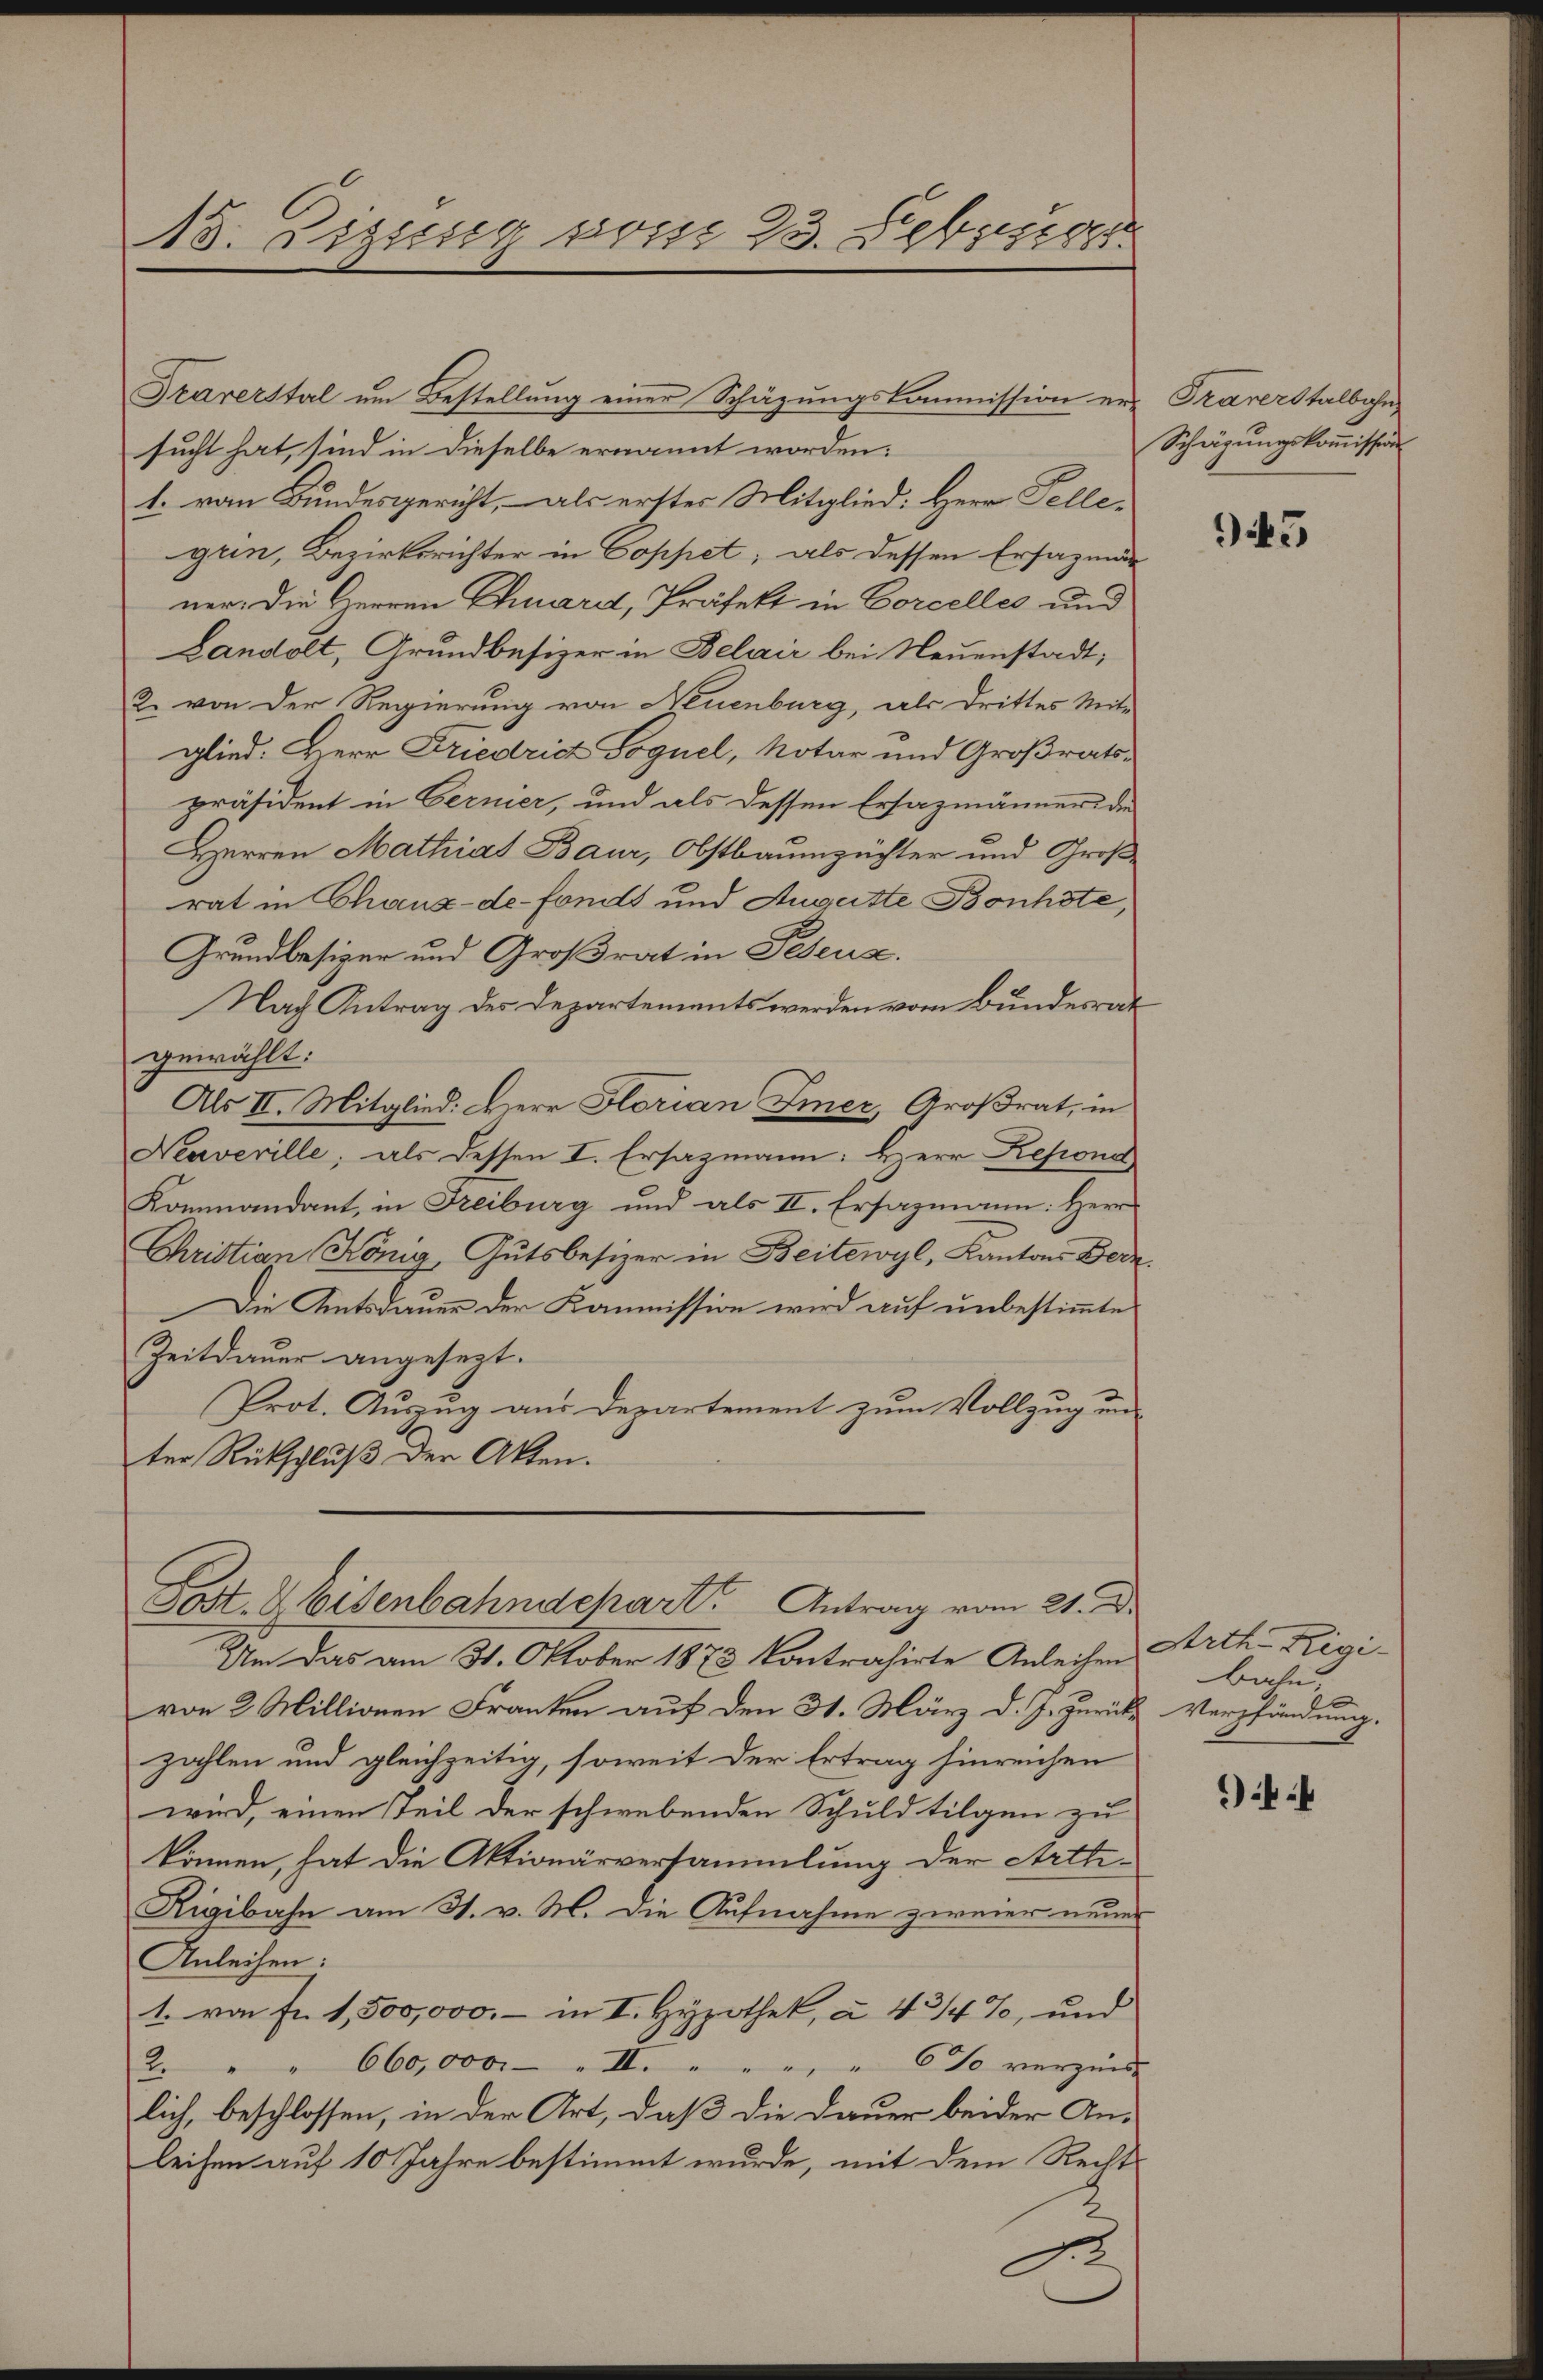
13. Zizung vom 23. Febr

Traverstal um Bestellung einer Schäzungskommission er Traverstalbahn
sucht hat, sind in dieselbe ernannt worden:
t. vom Bundesgericht, – als erster Mitglied: Herr Fellegrin, Bezirksrichter in Coppet; als dessen Ersazung
ner. Die Herren Chard, Präfekt in Corcelles und
Landolt, Grundbesizer in Belair bei Neuenstadt;
2. von der Regierung von Neuenburg, als Drittes Mit-
glied: Herr Friedrich Soguel, Notar und Großratspräsident in Gernier, und als dessen Ersazmänners die
Herren Mathias Baur, Obstbaumzüchter und Groß
rat in Chaux-de-Fonds und Auguste Bonhöte,
Grundbesizer und Großrat in Pesens.
Nach Antrag des Departements werden vom Bundesrat
gewählt:
Als II. Mitglied: Herr Florian Immer, Großrat, in
Neuveville; als dessen I. Ersazmann: Herr Repond
Kommandant, in Freiburg und als II. Ersazmann: Herr
Christian König Gutsbesizer in Beitewyl, Kantons Bede
Die Amtsdauer der Kommission wird auf unbestimmte
Zeitdauer angesezt.
Prot. Auszug aus Departement zum Vollzug un
ter Rückschluß der Akten.

Post & Eisenbahndchart. Antrag vom 21. d.

Um das am 31. Oktober 1873 Contrahirte Anleihen Arch. Rigivon 2 Millionen Franken auf den 31. März d. J. zurück
zahlen und gleichzeitig, soweit der Ertrag hinreichen
wird, einen Teil der schwebenden Schuldtilgen zu
können, hat die Aktionärversammlung der Arti¬
Rigibahn am 31. v. M. die Aufnahme zweier neuer
Anleihen:
1. von Fr. 1,500,000.- in I. Hypothek, à 4 3/4%, und
2. " " 660,000. „ II. " " " " 6% verzins-
lich, beschlossen, in der Art, daß die Dauer beider Anleihen auf 10 Jahre bestimmt wurde, mit dem Recht
2

.

Schägungskommission

945

Bahn,
Verpfändung.

44